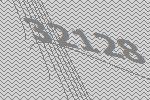
32128